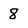
Character: 8